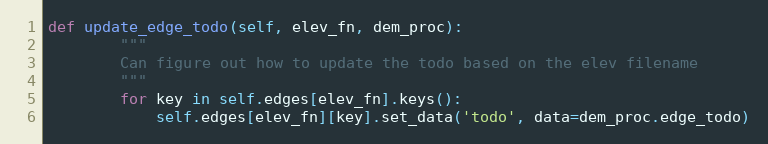
Language: Python
def update_edge_todo(self, elev_fn, dem_proc):
        """
        Can figure out how to update the todo based on the elev filename
        """
        for key in self.edges[elev_fn].keys():
            self.edges[elev_fn][key].set_data('todo', data=dem_proc.edge_todo)